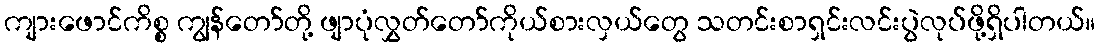
ကျားဖောင်ကိစ္စ ကျွန်တော်တို့ ဖျာပုံလွှတ်တော်ကိုယ်စားလှယ်တွေ သတင်းစာရှင်းလင်းပွဲလုပ်ဖို့ရှိပါတယ်။